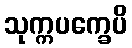
သုက္ကပက္ခေပိ